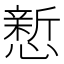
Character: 𪬴